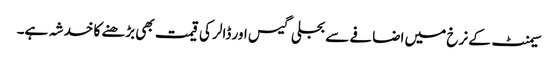
سیمنٹ کے نرخ میں اضافے سے بجلی گیس اور ڈالر کی قیمت بھی بڑھنے کا خدشہ ہے۔